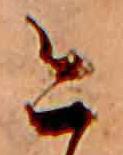
今